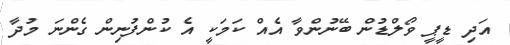
އަދި ޑީޕީ ވޯލްޑުން ބޭނުންވާ އެއް ކަމަކީ އެ ކުންފުނިން ގެންނަ މުދާ